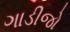
ગાડીજો